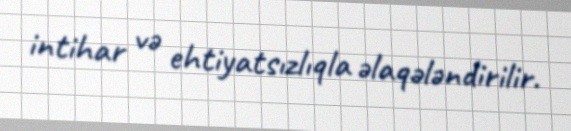
intihar və ehtiyatsızlıqla əlaqələndirilir.